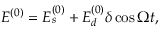
E ^ { ( 0 ) } = E _ { s } ^ { ( 0 ) } + E _ { d } ^ { ( 0 ) } \delta \cos \Omega t ,